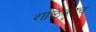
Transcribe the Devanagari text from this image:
शाळेतूनच